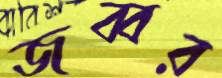
জব্বর